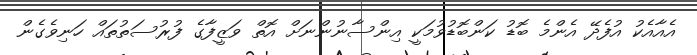
އެއާއެކު އުފެދޭ އެންމެ ބޮޑު ކަންބޮޑުވުމަކީ އިންސާނުންނަށް އޮތް ވަޒީފާގެ ފުރުސަތުތައް ހަނިވެގެން